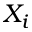
X _ { i }